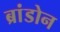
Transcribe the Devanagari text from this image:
ब्रांडोन